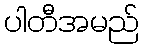
ပါတီအမည်